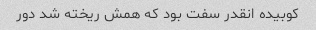
کوبیده انقدر سفت بود که همش ریخته شد دور